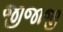
જીજાજી